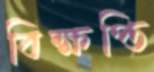
বিক্ষপ্তি